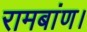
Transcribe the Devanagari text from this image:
रामबांण।